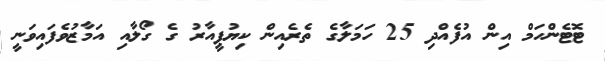
ޓޮޓެންހަމް އިން އުފެއްދި 25 ހަމަލާގެ ތެރެއިން ކިޔުޕީއާރު ގެ ގޯލާއި އަމާޒުވެފައިވަނީ